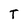
Character: T